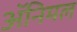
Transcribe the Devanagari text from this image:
ॲनिमल